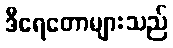
ဒီရေတောများသည်